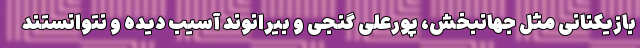
بازیکنانی مثل جهانبخش، پورعلی گنجی و بیرانوند آسیب دیده و نتوانستند